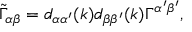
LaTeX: \tilde { \Gamma } _ { \alpha \beta } = d _ { \alpha \alpha ^ { \prime } } ( k ) d _ { \beta \beta ^ { \prime } } ( k ) \Gamma ^ { \alpha ^ { \prime } \beta ^ { \prime } } ,